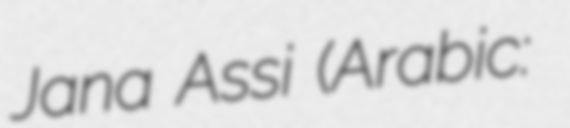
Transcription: Jana Assi (Arabic: جنى